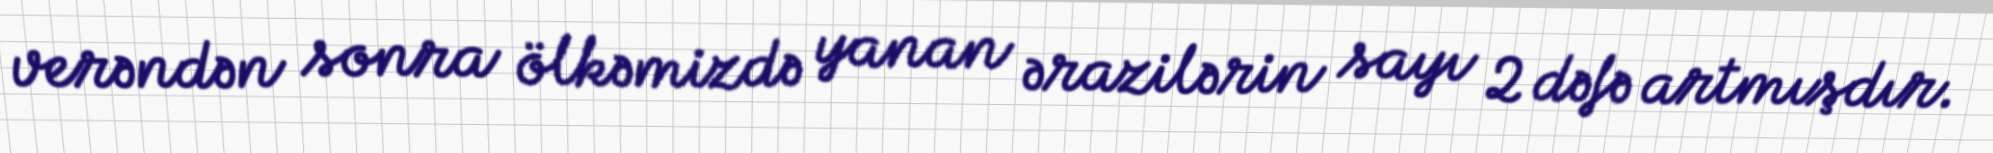
verəndən sonra ölkəmizdə yanan ərazilərin sayı 2 dəfə artmışdır.